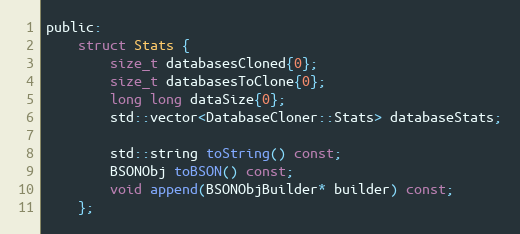
Language: C
public:
    struct Stats {
        size_t databasesCloned{0};
        size_t databasesToClone{0};
        long long dataSize{0};
        std::vector<DatabaseCloner::Stats> databaseStats;

        std::string toString() const;
        BSONObj toBSON() const;
        void append(BSONObjBuilder* builder) const;
    };